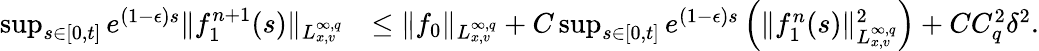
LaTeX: \begin{array}{rl}{\operatorname*{sup}_{s\in[0,t]}e^{(1-\epsilon)s}\| f_{1}^{n+1}(s)\| _{L_{x,v}^{\infty,q}}}&{\leq\| f_{0}\| _{L_{x,v}^{\infty,q}}+C\operatorname*{sup}_{s\in[0,t]}e^{(1-\epsilon)s}\left(\| f_{1}^{n}(s)\| _{L_{x,v}^{\infty,q}}^{2}\right)+CC_{q}^{2}\delta^{2}.}\end{array}